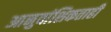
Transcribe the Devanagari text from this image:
आनुवांशिकताही